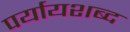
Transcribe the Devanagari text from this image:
पर्यायशब्द